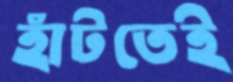
হাঁটতেই